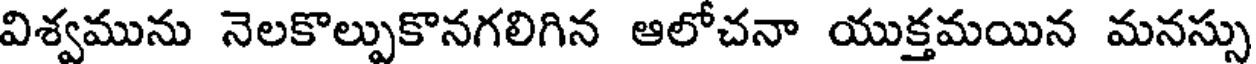
విశ్వమును నెలకొల్పుకొనగలిగిన ఆలోచనా యుక్తమయిన మనస్సు